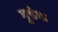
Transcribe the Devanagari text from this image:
मुत्तेमा